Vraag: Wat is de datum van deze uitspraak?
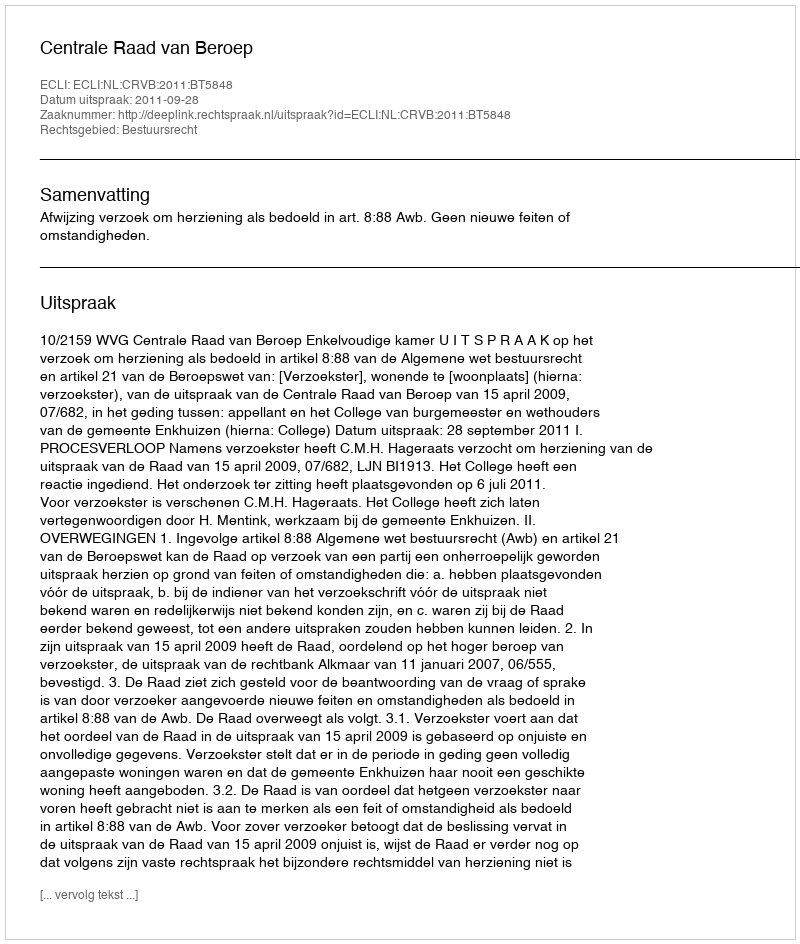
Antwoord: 2011-09-28